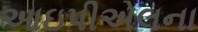
આઇપીએલના